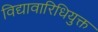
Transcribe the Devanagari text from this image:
विद्यावारिधियुक्त